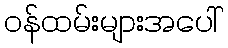
ဝန်ထမ်းများအပေါ်